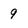
Character: 9